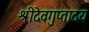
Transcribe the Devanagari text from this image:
श्रीदेवगुप्तादय